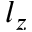
l _ { z }